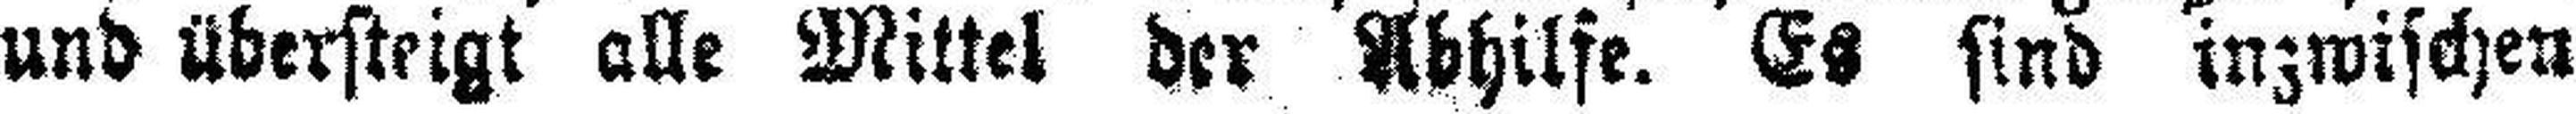
und übersteigt alle Mittel der Abhilfe. Es sind inzwischen